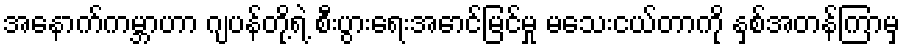
အနောက်ကမ္ဘာဟာ ဂျပန်တို့ရဲ့ စီးပွားရေးအောင်မြင်မှု မသေးငယ်တာကို နှစ်အတန်ကြာမှ